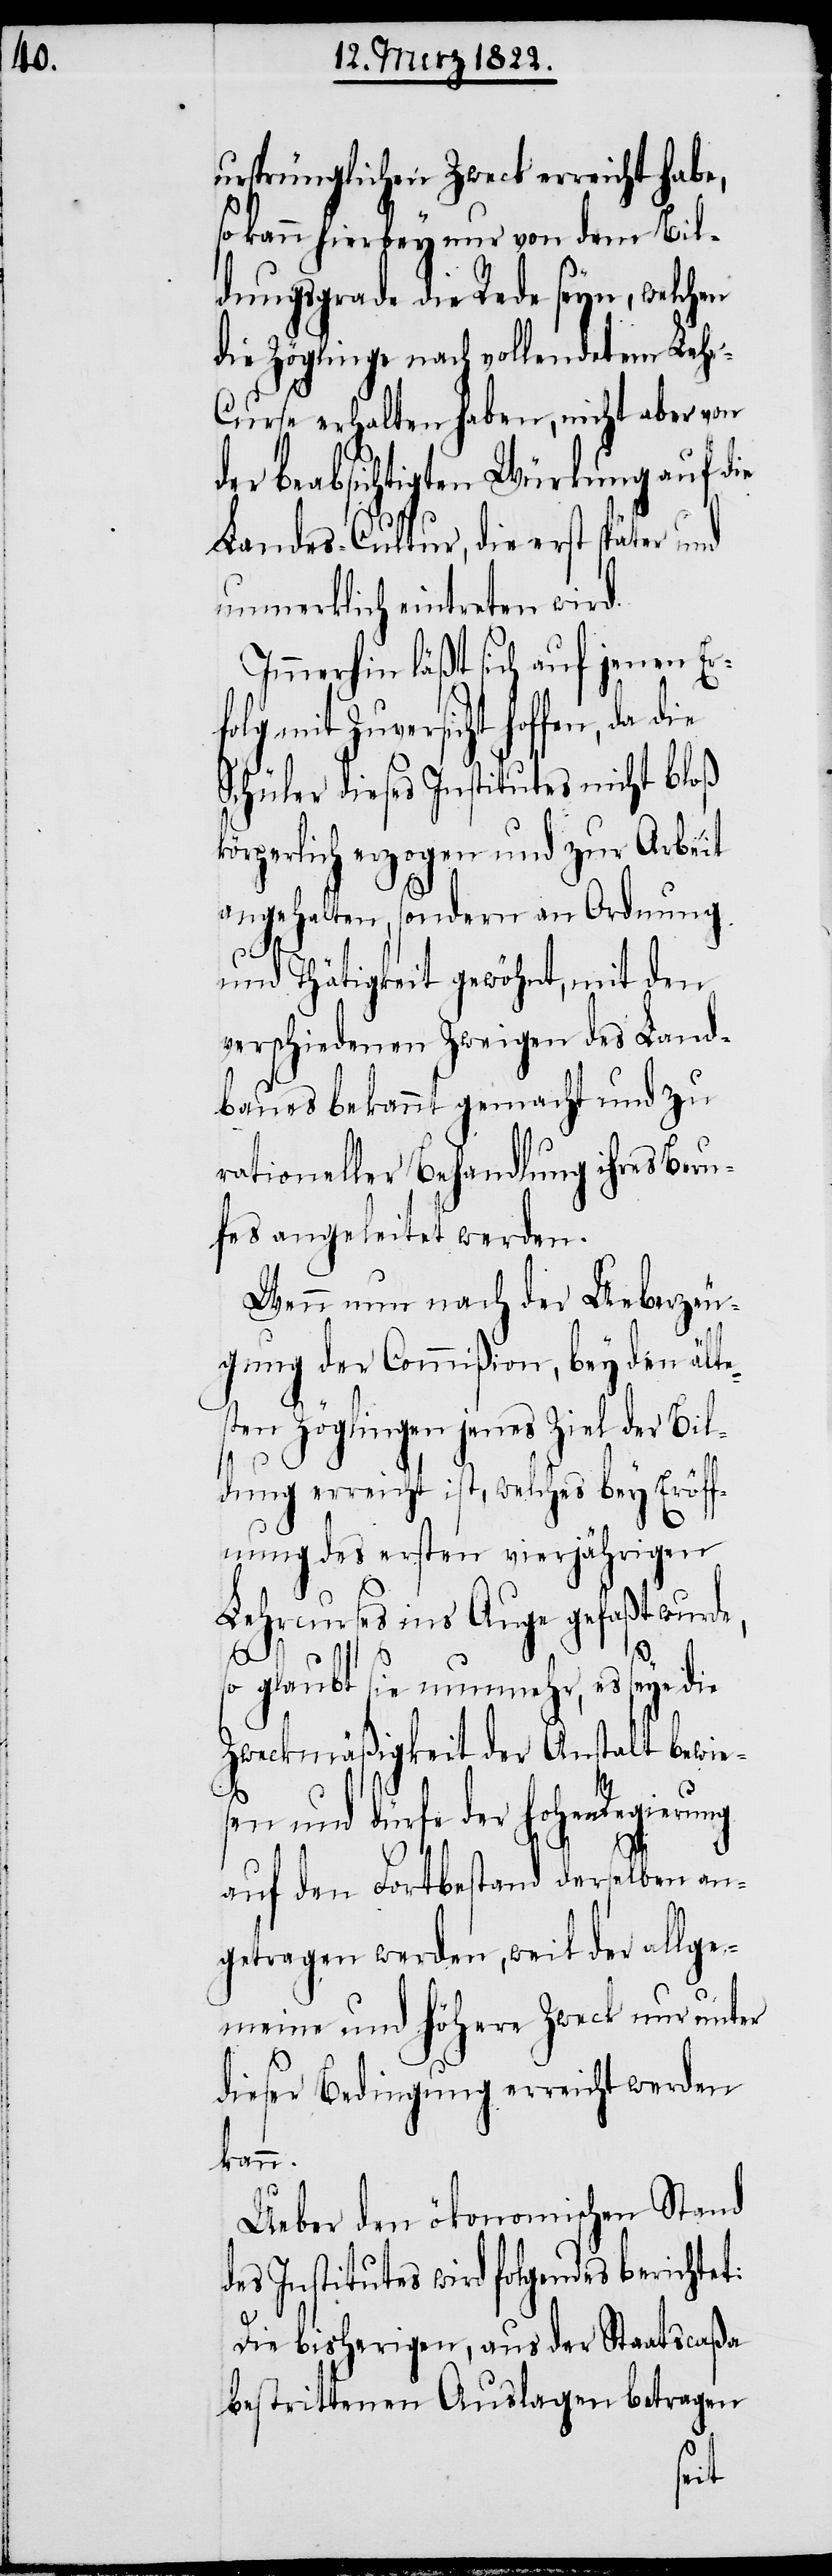
ursprünglichen Zweck erreicht habe,
so kann hierbey nur von dem Bil¬
dungsgrade die Rede seyn, welchen
die Zöglinge nach vollendetem Leh¬
r-Curse erhalten haben, nicht aber von
der beabsichtigten Würkung auf die
Landes-Cultur, die erst später und
unmerklich eintreten wird.
Immerhin läßt sich auf jenen Er¬
folg mit Zuversicht hoffen, da
Schüler dieses Institutes nicht bloß
bürgerlich erzogen und zur Arbeit
angehalten, sondern an Ordnung
und Thätigkeit gewöhnt, mit den
verschiedenen Zweigen des Land¬
baues bekannt gemacht und zu
rationeller Behandlung ihre Beru¬
fes angeleitet werden.
Wenn nun nach der Ueberzeu¬
gung der Commißion, bey den älte¬
sten Zöglingen jenes Ziel der Bil¬
dung erreicht ist, welches bey Eröff¬
nung des ersten vierjährigen
Lehrcurses ins Auge gefaßt wurde,
so glaubt sie nunmehr, es seye die
Zweckmäßigkeit der Anstalt bewies¬
en und dürfe der hohen Regierung
auf den Fortbestand derselben an¬
getragen werden, weil der allge¬
meine und höhere Zweck unter
dieser Bedingung erreicht werden
kann.
Ueber dem ökonomischen Stand
des Institutes wird folgendes berichtet:
Die bisherigen, aus der Staatscaßa
bestrittenen Auslagen betragen